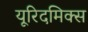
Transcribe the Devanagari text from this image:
यूरिदमिक्स